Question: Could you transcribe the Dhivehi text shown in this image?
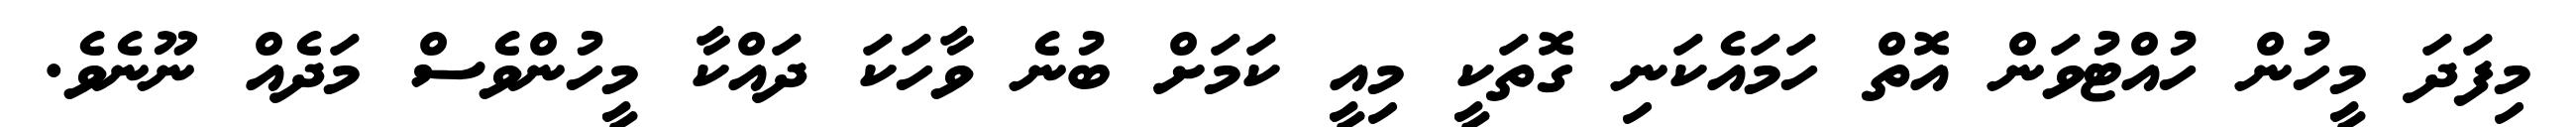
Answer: މިފަދަ މީހުން ހުއްޓުވަން އޮތް ހަމައެކަނި ގޮތަކީ މިއީ ކަމަށް ބުނެ ވާހަކަ ދައްކާ މީހުންވެސް މަދެއް ނޫނެވެ.